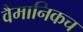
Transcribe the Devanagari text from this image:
वैमानिकच